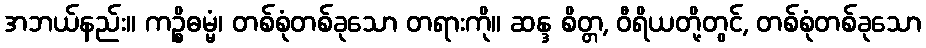
အဘယ်နည်း။ ကဉ္စိဓမ္မံ၊ တစ်စုံတစ်ခုသော တရားကို။ ဆန္ဒ စိတ္တ, ဝီရိယတို့တွင်, တစ်စုံတစ်ခုသော